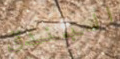
البندق